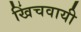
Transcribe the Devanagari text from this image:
खिंचवायी